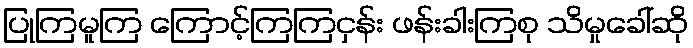
ပြုကြမူကြ ကြောင့်ကြကြငှန်း ဖန်းခါးကြစု သိမှုခေါ်ဆို